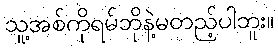
သူ့အစ်ကိုရမ်ဘိုနဲ့မတည့်ပါဘူး။